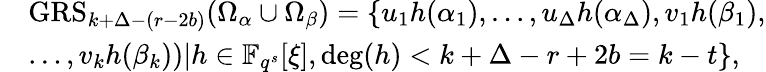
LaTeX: \begin{array}{rl}&{\textrm{GRS}_{k+\Delta-(r-2b)}(\Omega_{\alpha}\cup\Omega_{\beta})=\{ u_{1}h(\alpha_{1}),\ldots,u_{\Delta}h(\alpha_{\Delta}),v_{1}h(\beta_{1}),}\\ &{\ldots,v_{k}h(\beta_{k}))|h\in\mathbb{F}_{q^{s}}[\xi],\deg(h)<k+\Delta-r+2b=k-t\} ,}\end{array}